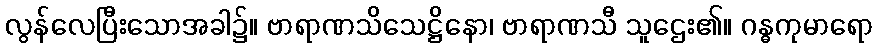
လွန်လေပြီးသောအခါ၌။ ဗာရာဏသိသေဋ္ဌိနော၊ ဗာရာဏသီ သူဌေး၏။ ဂန္ဓကုမာရော